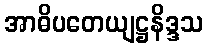
အာဓိပတေယျဋ္ဌနိဒ္ဒသ